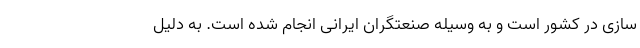
سازی در کشور است و به وسیله صنعتگران ایرانی انجام شده است. به دلیل